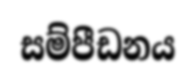
සම්පීඩනය